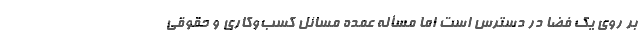
بر روی یک فضا در دسترس است اما مسأله عمده مسائل کسب‌وکاری و حقوقی